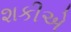
શકીએ